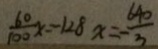
\frac { 6 0 } { 1 0 0 } x = 1 2 8 x = - \frac { 6 4 0 } { 3 }